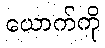
ယောက်ကို